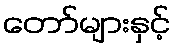
တော်များနှင့်